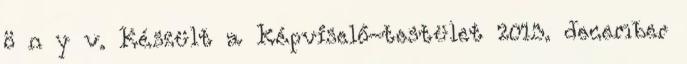
ö n y v. Készült a Képviselő-testület 2013. december